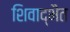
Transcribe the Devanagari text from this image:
शिवाद्भैत